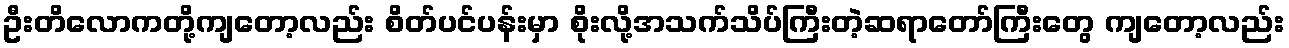
ဦးတိလောကတို့ကျတော့လည်း စိတ်ပင်ပန်းမှာ စိုးလို့အသက်သိပ်ကြီးတဲ့ဆရာတော်ကြီးတွေ ကျတော့လည်း